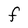
Character: F